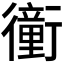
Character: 𧘂